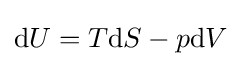
\mathrm {d} U=T\mathrm {d} S-p\mathrm {d} V